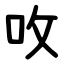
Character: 呚